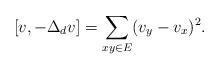
LaTeX: \begin{align*}[v, -\Delta_d v] = \sum_{xy \in E}(v_y-v_x)^2.\end{align*}